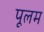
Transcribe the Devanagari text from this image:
पूलम